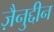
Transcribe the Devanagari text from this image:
ज़ैनुद्दीन